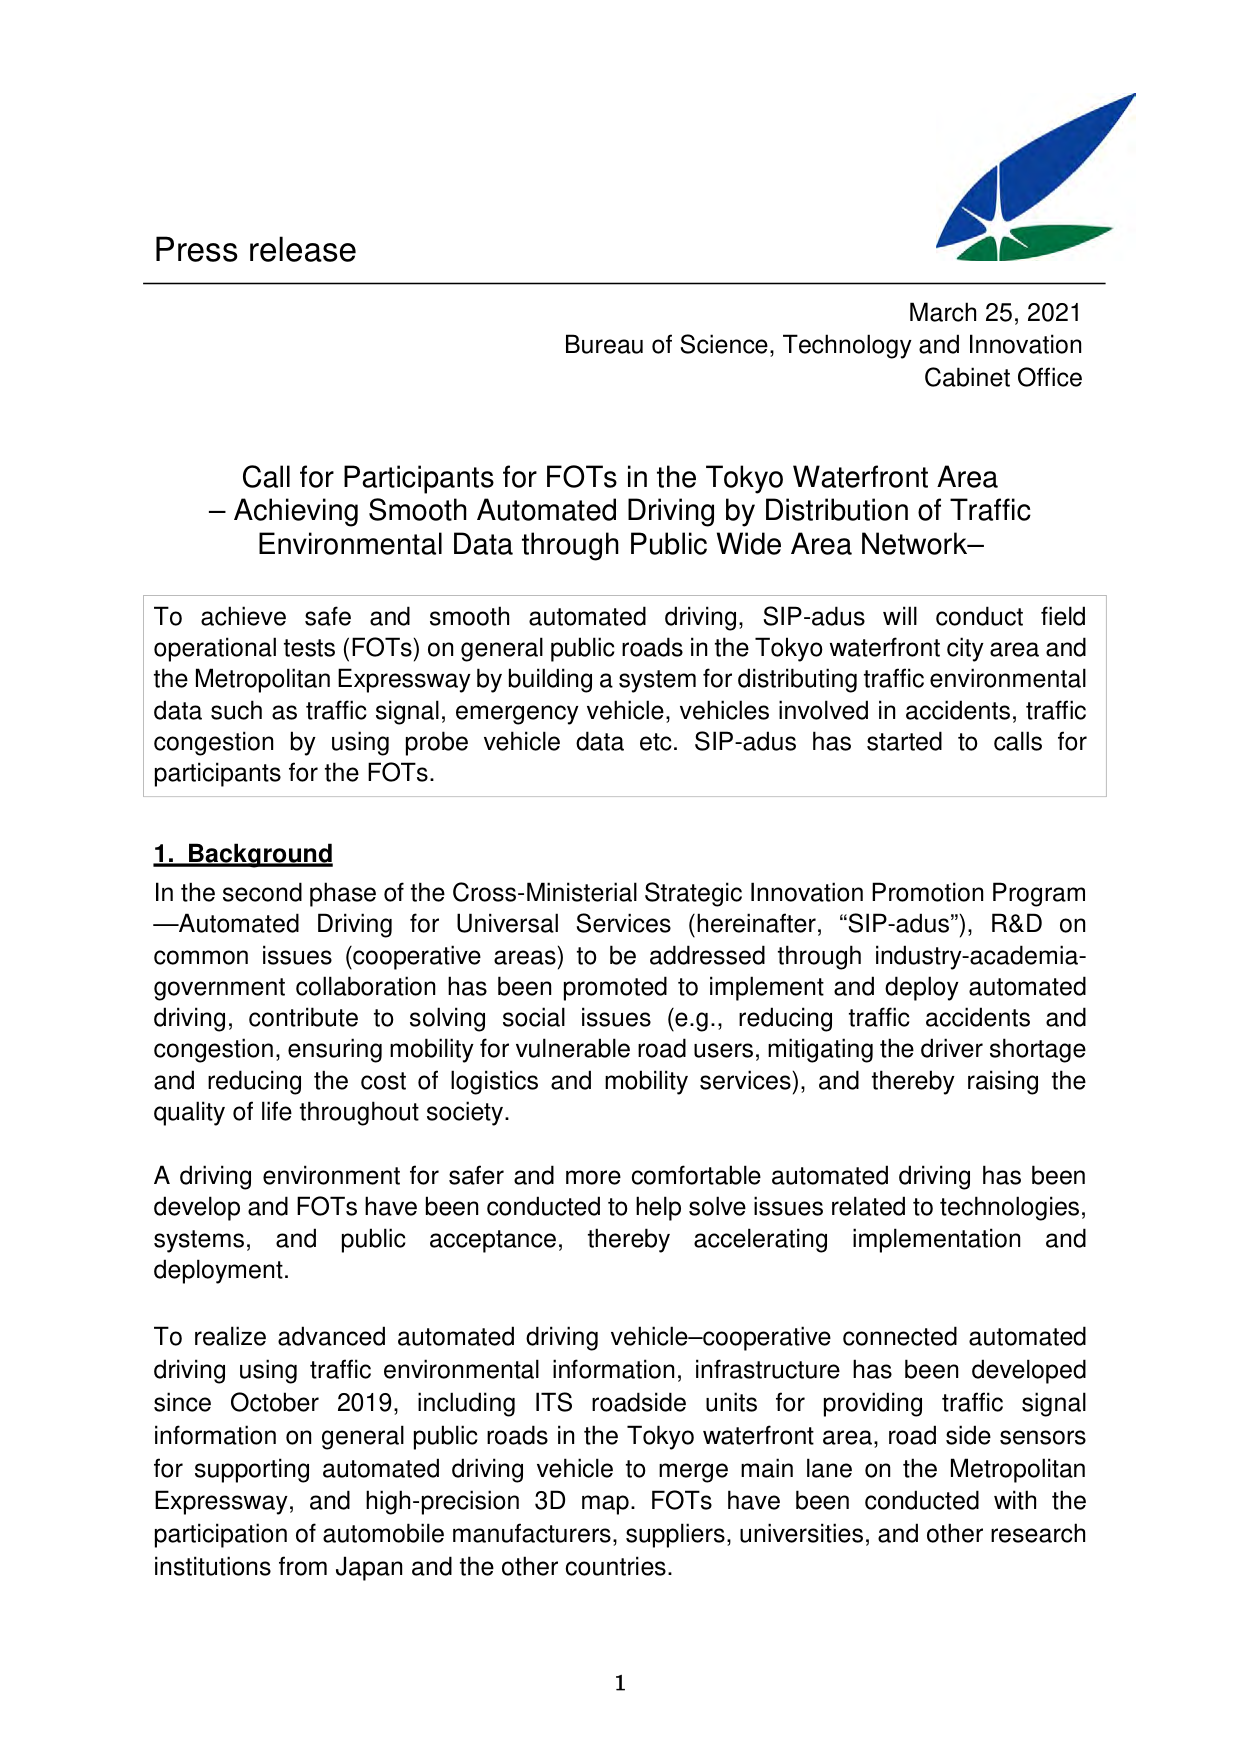
Press release

March 25, 2021
Bureau of Science, Technology and Innovation
Cabinet Office

Call for Participants for FOTs in the Tokyo Waterfront Area
– Achieving Smooth Automated Driving by Distribution of Traffic
Environmental Data through Public Wide Area Network–

To achieve safe and smooth automated driving, SIP-adus will conduct field
operational tests (FOTs) on general public roads in the Tokyo waterfront city area and
the Metropolitan Expressway by building a system for distributing traffic environmental
data such as traffic signal, emergency vehicle, vehicles involved in accidents, traffic
congestion by using probe vehicle data etc. SIP-adus has started to calls for
participants for the FOTs.

1. Background
In the second phase of the Cross-Ministerial Strategic Innovation Promotion Program
—Automated Driving for Universal Services (hereinafter, “SIP-adus”), R&D on
common issues (cooperative areas) to be addressed through industry-academia-
government collaboration has been promoted to implement and deploy automated
driving, contribute to solving social issues (e.g., reducing traffic accidents and
congestion, ensuring mobility for vulnerable road users, mitigating the driver shortage
and reducing the cost of logistics and mobility services), and thereby raising the
quality of life throughout society.

A driving environment for safer and more comfortable automated driving has been
develop and FOTs have been conducted to help solve issues related to technologies,
systems, and public acceptance, thereby accelerating implementation and
deployment.

To realize advanced automated driving vehicle–cooperative connected automated
driving using traffic environmental information, infrastructure has been developed
since October 2019, including ITS roadside units for providing traffic signal
information on general public roads in the Tokyo waterfront area, road side sensors
for supporting automated driving vehicle to merge main lane on the Metropolitan
Expressway, and high-precision 3D map. FOTs have been conducted with the
participation of automobile manufacturers, suppliers, universities, and other research
institutions from Japan and the other countries.

1